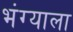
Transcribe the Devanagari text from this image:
भंग्याला